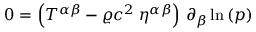
0 = \left( T ^ { \alpha \beta } - \varrho c ^ { 2 } \; \eta ^ { \alpha \beta } \right) \, \partial _ { \beta } \ln { ( p ) }